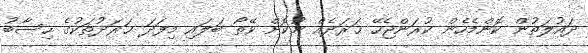
ދައުލަތުން ކޮންމެހެން ކުރަންޖެހޭ ޚަރަދެއް ނުކޮށް ވޭތޯ ބަލައި މިފަދަ ޚަރަދުތަކުގެ ހިސާބު